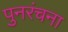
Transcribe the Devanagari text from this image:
पुनरंचना